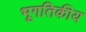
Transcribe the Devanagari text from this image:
भूगतिकीय